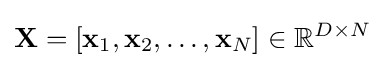
\mathbf {X} =[\mathbf {x} _{1},\mathbf {x} _{2},\ldots ,\mathbf {x} _{N}]\in \mathbb {R} ^{D\times N}